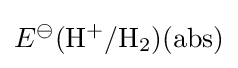
E^{\ominus }{\rm {(H^{+}/H_{2})(abs)}}